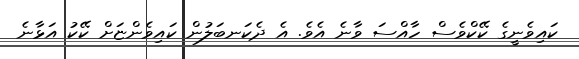
ކައިވެނީގެ ކޭކްވެސް ހާއްސަ ވާނެ އެވެ. އެ ދެކަނބަލުން ކައިވެންޏަށް ކޭކު އަޅާނެ